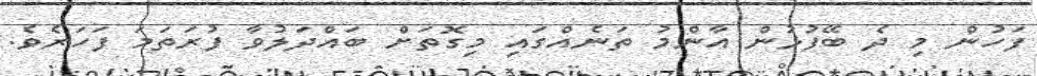
ފަހުން މި ދެ ބޭފުޅުން އާންމު ތަނެއްގައި މިގޮތަށް ބައްދަލުވާ ފުރަތަމަ ފަހަރެވެ.